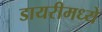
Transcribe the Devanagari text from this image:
डायरीमध्ये